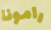
رامونا